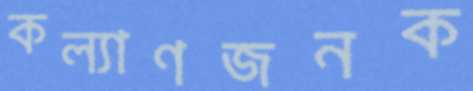
কল্যাণজনক